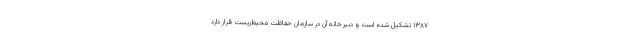
۱۳۸۷ تشکیل‌ شده است و دبیرخانه آن در سازمان حفاظت محیط‌زیست قرار دارد